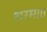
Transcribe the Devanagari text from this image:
धरमा।।